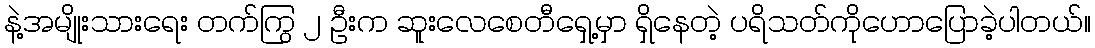
နဲ့အမျိုးသားရေး တက်ကြွ ၂ ဦးက ဆူးလေစေတီရှေ့မှာ ရှိနေတဲ့ ပရိသတ်ကိုဟောပြောခဲ့ပါတယ်။